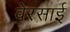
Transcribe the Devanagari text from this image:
वेरसाई